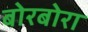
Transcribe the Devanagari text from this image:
बोरबोरा